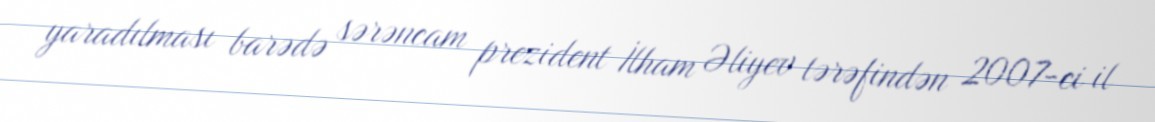
yaradılması barədə sərəncam prezident İlham Əliyev tərəfindən 2007-ci il